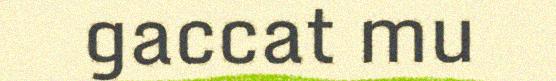
gaccat mu